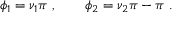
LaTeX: \phi _ { 1 } = \nu _ { 1 } \pi ~ , \qquad \phi _ { 2 } = \nu _ { 2 } \pi - \pi ~ .